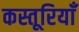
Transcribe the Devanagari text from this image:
कस्तूरियाँ